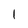
Character: l